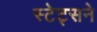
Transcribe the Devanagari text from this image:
स्टेट्सने